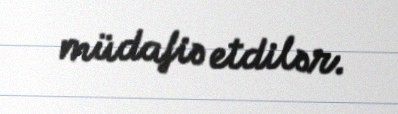
müdafiə etdilər.